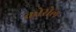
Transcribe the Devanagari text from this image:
कोसेल